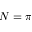
N = \pi